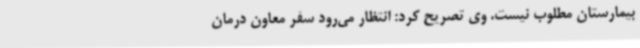
بیمارستان مطلوب نیست. وی تصریح کرد: انتظار می‌رود سفر معاون درمان